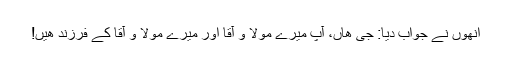
انھوں نے جواب دیا: جی ھاں، آپ میرے مولا و آقا اور میرے مولا و آقا کے فرزند ھیں!